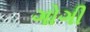
ગોગી